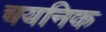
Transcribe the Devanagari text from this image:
चयनिक